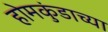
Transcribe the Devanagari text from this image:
होमकुंडाच्या